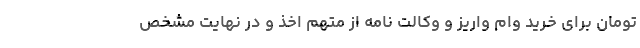
تومان برای خرید وام واریز و وکالت نامه از متهم اخذ و در نهایت مشخص